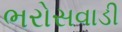
ભરોસવાડી